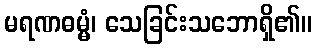
မရဏဓမ္မံ၊ သေခြင်းသဘောရှိ၏။